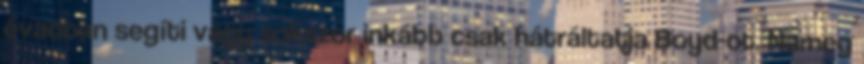
évadban segíti vagy sokszor inkább csak hátráltatja Boyd-ot. Nameg